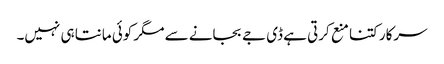
سرکار کتنا منع کرتی ہے ڈی جے بجانے سے مگر کوئی مانتا ہی نہیں۔